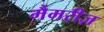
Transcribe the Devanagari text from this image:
मैमरीज़